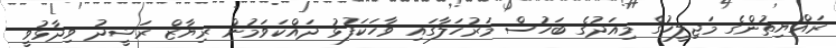
ރައްޔިތުންގެ މަޖިލީހުގެ މިއަދުގެ ބަހުސް މަރުހަލާގައި ވާހަކަފުޅު ދައްކަވަމުން ރިޔާޒް ރަޝީދު ވިދާޅުވީ